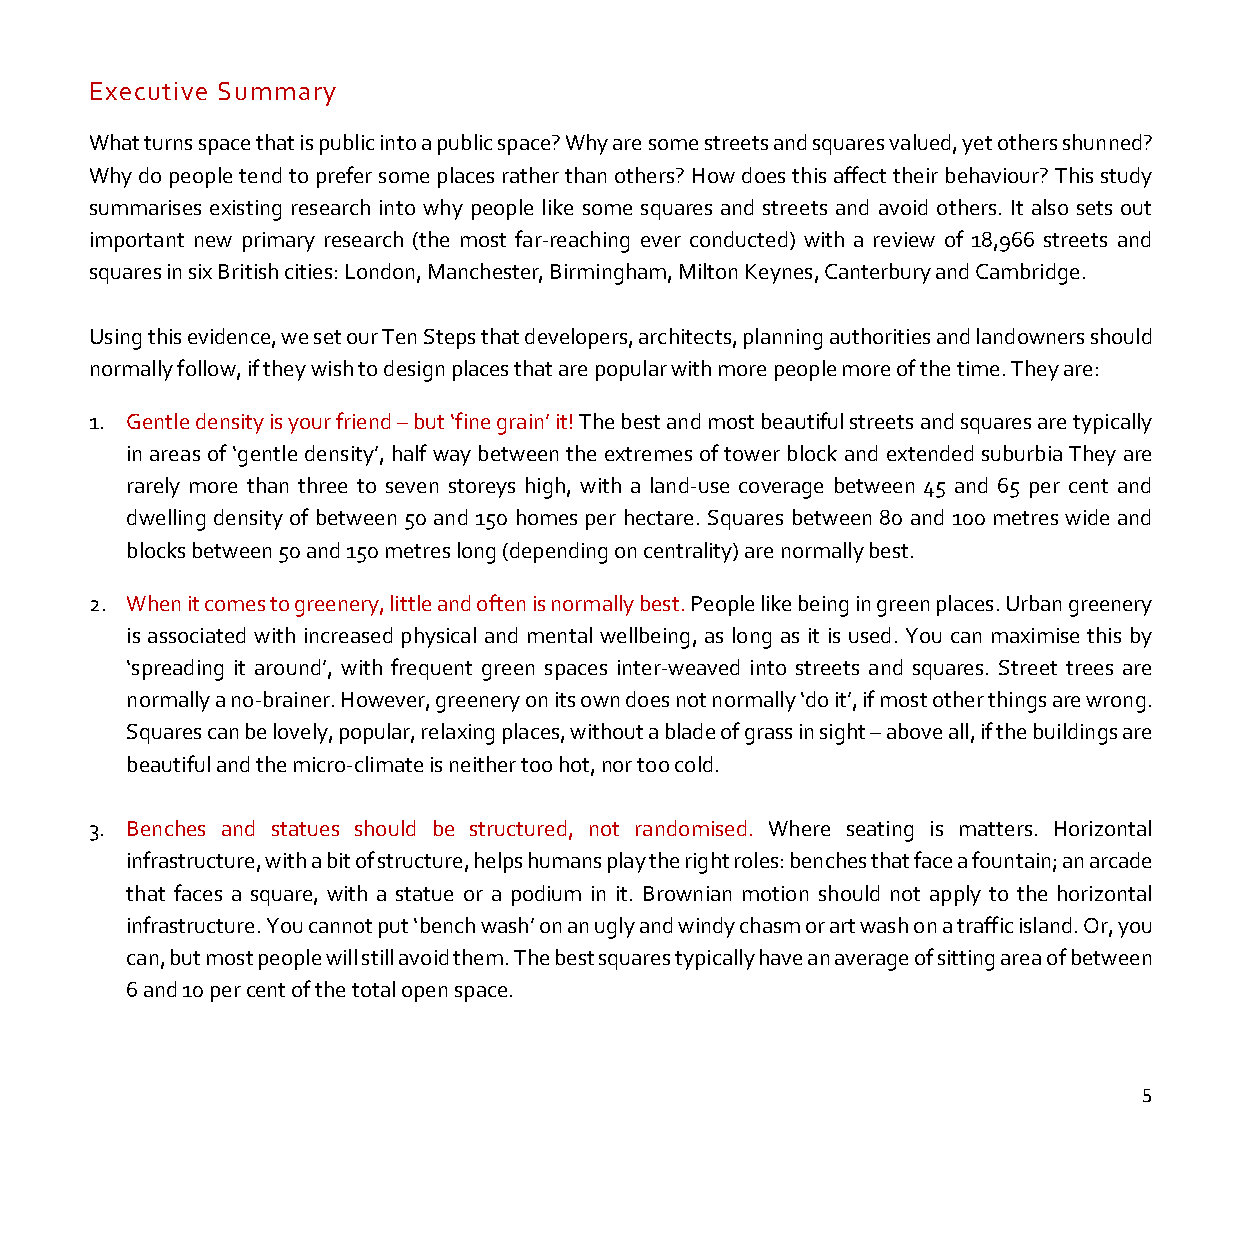
Executive Summary
 What turns space that is public into a public space? Why are some streets and squares valued, yet others shunned?
 Why do people tend to prefer some places rather than others? How does this affect their behaviour? This study
 summarises existing research into why people like some squares and streets and avoid others. It also sets out
 important new primary research (the most far-reaching ever conducted) with a review of 18,966 streets and
 squares in six British cities: London, Manchester, Birmingham, Milton Keynes, Canterbury and Cambridge.
 Using this evidence, we set our Ten Steps that developers, architects, planning authorities and landowners should
 normally follow, if they wish to design places that are popular with more people more of the time. They are:
 1. Gentle density is your friend – but ‘fine grain’ it! The best and most beautiful streets and squares are typically
 in areas of ‘gentle density’, half way between the extremes of tower block and extended suburbia They are
 rarely more than three to seven storeys high, with a land-use coverage between 45 and 65 per cent and
 dwelling density of between 50 and 150 homes per hectare. Squares between 80 and 100 metres wide and
 blocks between 50 and 150 metres long (depending on centrality) are normally best.
 2. When it comes to greenery, little and often is normally best. People like being in green places. Urban greenery
 is associated with increased physical and mental wellbeing, as long as it is used. You can maximise this by
 ‘spreading it around’, with frequent green spaces inter-weaved into streets and squares. Street trees are
 normally a no-brainer. However, greenery on its own does not normally ‘do it’, if most other things are wrong.
 Squares can be lovely, popular, relaxing places, without a blade of grass in sight – above all, if the buildings are
 beautiful and the micro-climate is neither too hot, nor too cold.
 3. Benches and statues should be structured, not randomised. Where seating is matters. Horizontal
 infrastructure, with a bit of structure, helps humans play the right roles: benches that face a fountain; an arcade
 that faces a square, with a statue or a podium in it. Brownian motion should not apply to the horizontal
 infrastructure. You cannot put ‘bench wash’ on an ugly and windy chasm or art wash on a traffic island. Or, you
 can, but most people will still avoid them. The best squares typically have an average of sitting area of between
 6 and 10 per cent of the total open space.
 5